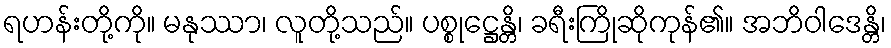
ရဟန်းတို့ကို။ မနုဿာ၊ လူတို့သည်။ ပစ္စုဋ္ဌေန္တိ၊ ခရီးကြိုဆိုကုန်၏။ အဘိဝါဒေန္တိ၊